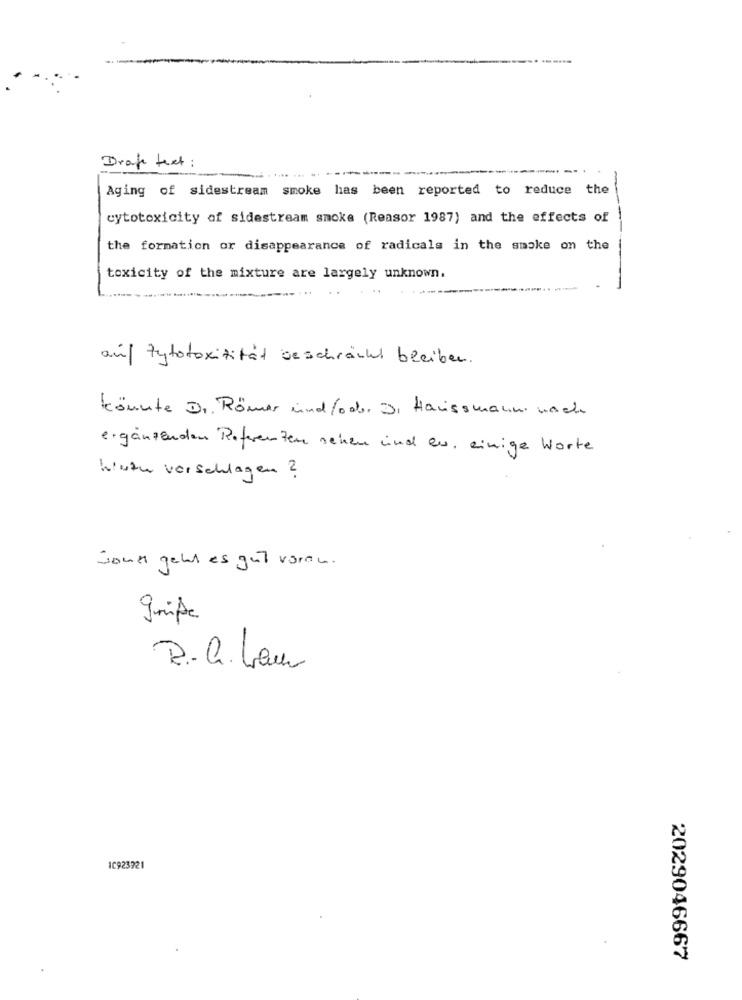
Brake text :
Aging of sidestream smoke has been reported to reduce the
cytotoxicity of sidestream smoke (Reasor 1987) and the effects of
the formation or disappearance of radicals in the smoke on the
toxicity of the mixture are largely unknown.
....
auf Zytotoxizität beschränkt bleiben.
könnte Dr. Römer undfodb. Di Haussmann nach
ergänzenden Referenzen sehen und eu, einige Worte
kuzu vorschlagen ?
Sont geld es gut voran.
gripe
R. G. Leur
10923921
2029046667